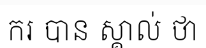
ករ បាន ស្គាល់ ថា